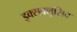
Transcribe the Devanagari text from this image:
इक्सक्लुसिव